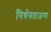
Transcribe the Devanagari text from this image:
निर्धनताजन्य